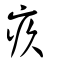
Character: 疚